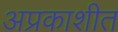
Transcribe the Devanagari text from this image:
अप्रकाशीत